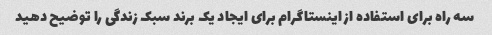
سه راه برای استفاده از اینستاگرام برای ایجاد یک برند سبک زندگی را توضیح دهید